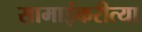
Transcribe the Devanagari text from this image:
सामाईकरीत्या